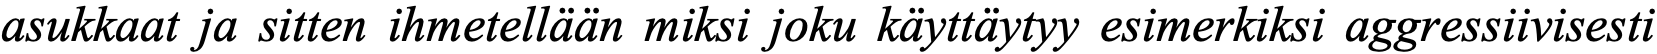
asukkaat ja sitten ihmetellään miksi joku käyttäytyy esimerkiksi aggressiivisesti